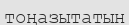
тоңазытатын